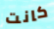
كانت